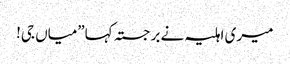
میری اہلیہ نے برجستہ کہا”میاں جی!